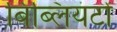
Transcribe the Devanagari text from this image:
बिब्लियंटों